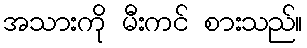
အသားကို မီးကင် စားသည်။